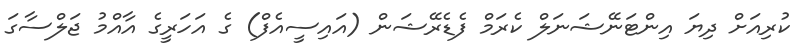
ކުރިއަށް ދިޔަ އިންޓަނޭޝަނަލް ކެރަމް ފެޑެރޭޝަން (އައިސީއެފް) ގެ އަހަރީގެ އާއްމު ޖަލްސާގަ